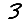
Digit: 3